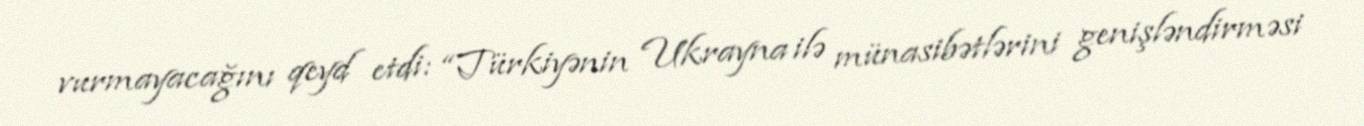
vurmayacağını qeyd etdi: “Türkiyənin Ukrayna ilə münasibətlərini genişləndirməsi